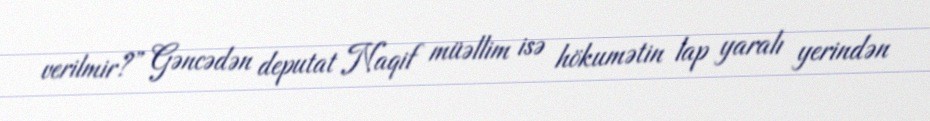
verilmir?” Gəncədən deputat Naqif müəllim isə hökumətin lap yaralı yerindən